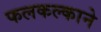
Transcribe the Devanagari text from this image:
फलकल्काने